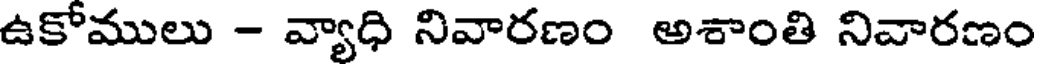
ఉకోములు - వ్యాధి నివారణం అశాంతి నివారణం